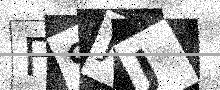
Text: FSJJ